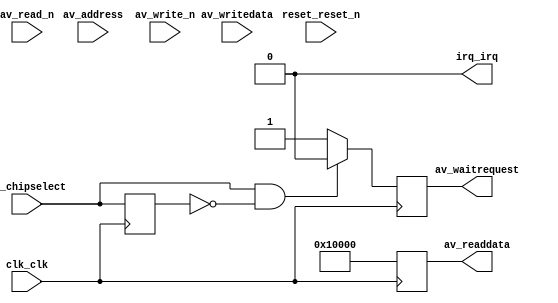
module jtag_uart (
        av_chipselect,
        av_address,
        av_read_n,
        av_readdata,
        av_write_n,
        av_writedata,
        av_waitrequest,
        clk_clk,
        irq_irq,
        reset_reset_n);        

    input                av_chipselect;
    output reg           av_waitrequest;
    input                av_address;
    input                av_write_n;
    input      [31:0]    av_writedata;
    input                av_read_n;
    output reg [31:0]    av_readdata;
    input                clk_clk;
    output               irq_irq;
    input                reset_reset_n;

    reg cs_d;

    always @(posedge clk_clk) begin
        av_waitrequest      <= 1'b1;
        av_readdata         <= 32'h0001_0000;

        if (av_chipselect && !cs_d) begin
            av_waitrequest  <= 1'b0;
        end

        cs_d    <= av_chipselect;
    end

    assign irq_irq      = 1'b0;

endmodule